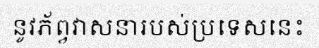
នូវភ័ព្វវាសនារបស់ប្រទេសនេះ